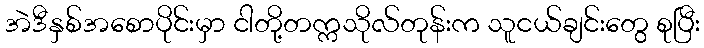
အဲဒီနှစ်အစောပိုင်းမှာ ငါတို့တက္ကသိုလ်တုန်းက သူငယ်ချင်းတွေ စုပြီး